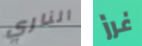
الناري غرز